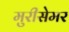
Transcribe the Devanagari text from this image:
मुरीसेमर